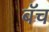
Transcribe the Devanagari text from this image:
बॅच